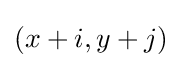
(x+i,y+j)